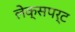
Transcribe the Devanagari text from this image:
लेक्सपर्ट